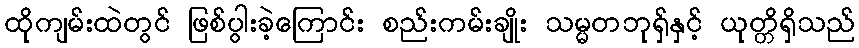
ထိုကျမ်းထဲတွင် ဖြစ်ပွါးခဲ့ကြောင်း စည်းကမ်းချိုး သမ္မတဘုရှ်နှင့် ယုတ္တိရှိသည်